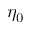
\eta _ { 0 }